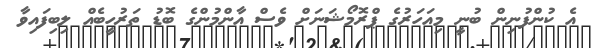
އެ ކުންފުނިން ބުނީ މިއަހަރުގެ ޕްރޮމޯޝަނަށް ވެސް އާންމުންގެ ބޮޑު ތަރުހީބެއް ލިބިފައިވާ